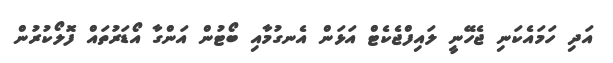
އަދި ހަމައެކަނި ޖެހޭނީ ލައިފްޖެކެޓް އަޅަން އެނގުމާއި ބޯޓުން އަންގާ އޯޑަރުތައް ފޮލޯކުރުން